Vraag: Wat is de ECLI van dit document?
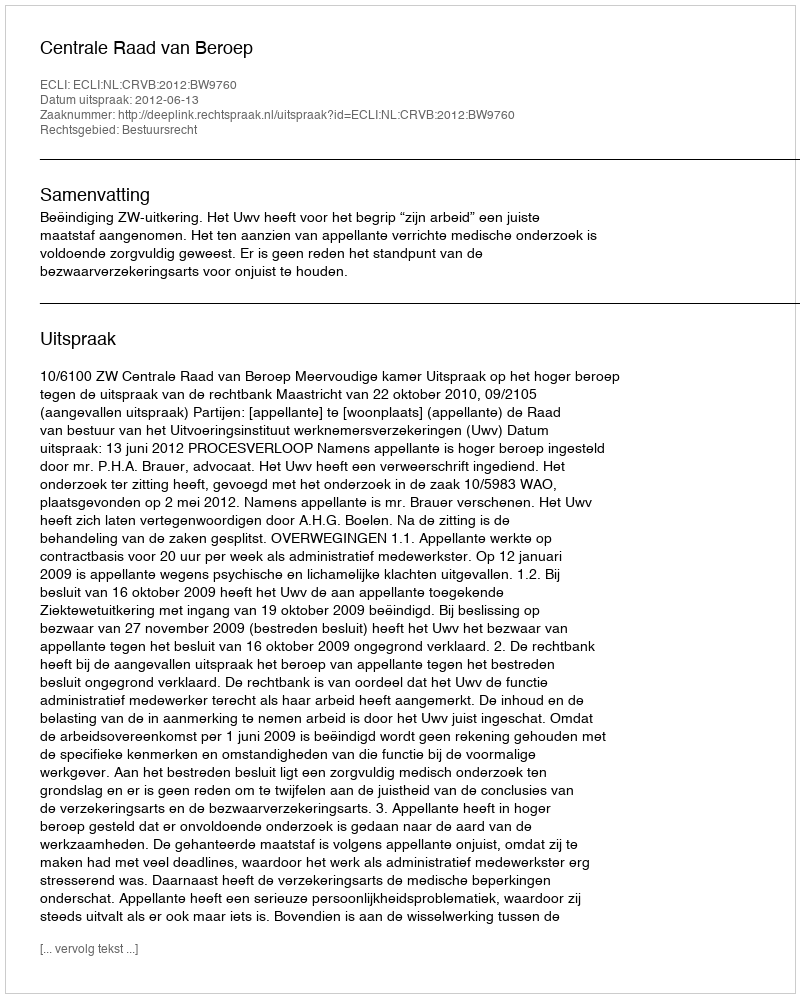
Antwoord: ECLI:NL:CRVB:2012:BW9760